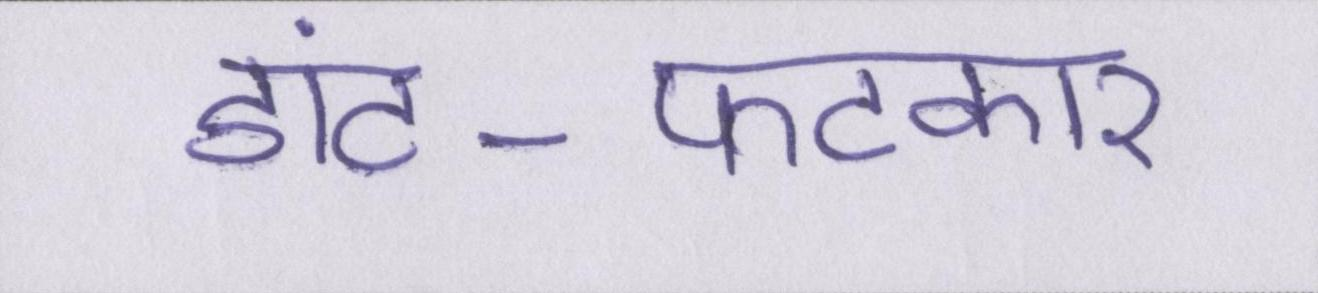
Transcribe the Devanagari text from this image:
डांट-फटकार